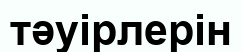
тәуірлерін